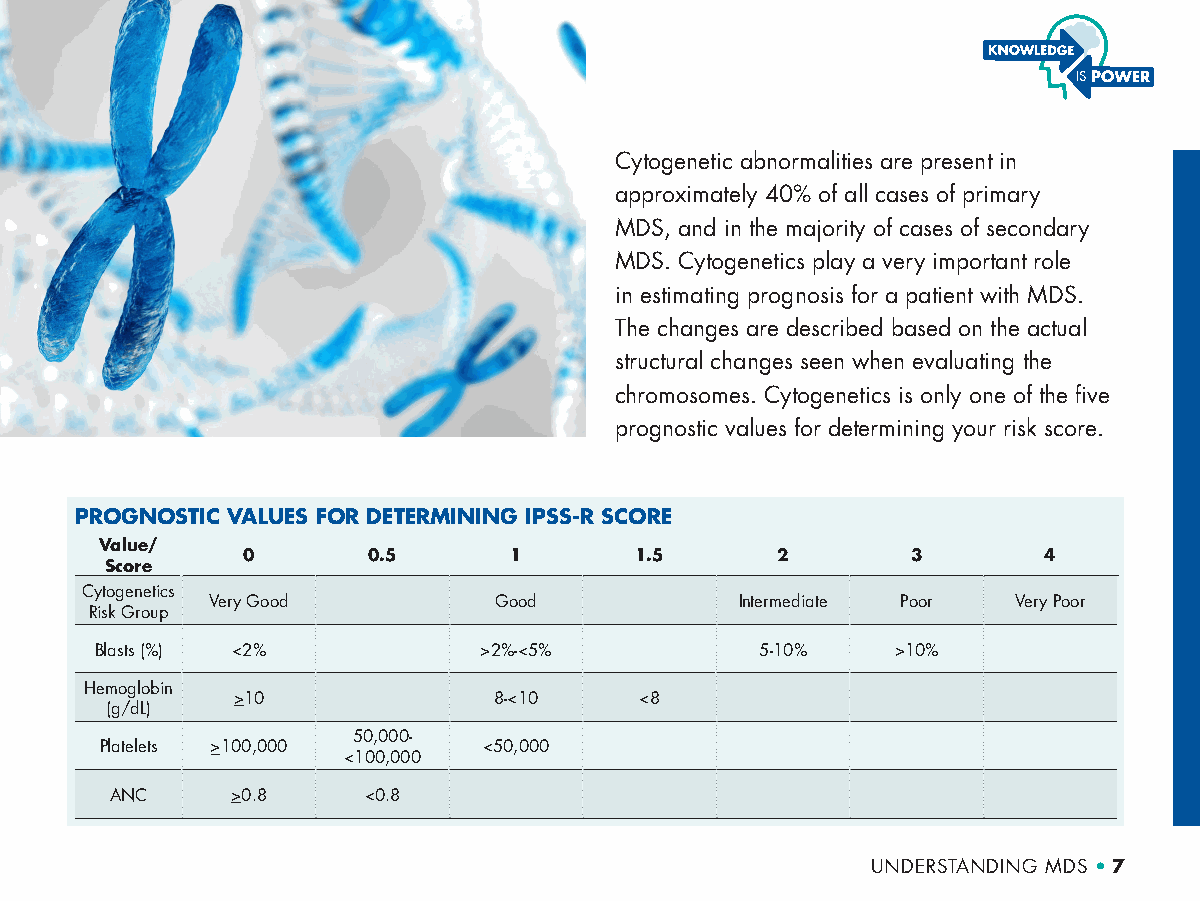
Cytogenetic abnormalities are present in
 approximately 40% of all cases of primary
 MDS, and in the majority of cases of secondary
 MDS. Cytogenetics play a very important role
 in estimating prognosis for a patient with MDS.
 The changes are described based on the actual
 structural changes seen when evaluating the
 chromosomes. Cytogenetics is only one of the five
 prognostic values for determining your risk score.
 PROGNOSTIC VALUES FOR DETERMINING IPSS-R SCORE
 Value/
 0       0.5       1       1.5      2        3        4
 Score
 Cytogenetics
 Very Good          Good            Intermediate Poor Very Poor
 Risk Group
 Blasts (%) <2%            >2%-<5%           5-10%    >10%
 Hemoglobin
 >10               8-<10    <8
 (g/dL)
 50,000-
 Platelets >100,000       <50,000
 <100,000
 ANC     >0.8     <0.8
 UNDERSTANDING MDS • 7